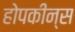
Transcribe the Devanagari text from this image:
होपकीन्स